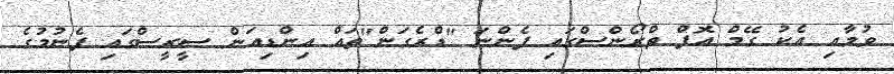
ވުމާއި އެކު ގޭމް އޮފް ތްރޯންސްގައި ފެންނަ "ޑްރެގަން"ތައް އިންޑިއަން ސީރީސްގައި ފެނުމުގެ